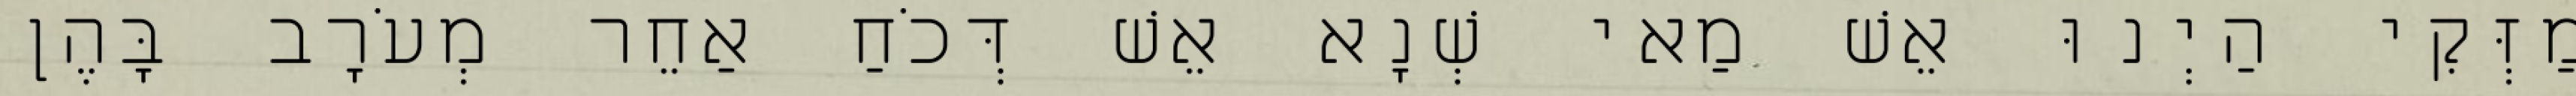
מַזְּקִי הַיְנוּ אֵשׁ מַאי שְׁנָא אֵשׁ דְּכֹחַ אַחֵר מְעֹרָב בָּהֶן